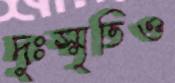
দুঃস্মৃতিও